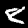
Label: 8